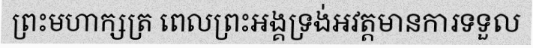
ព្រះមហាក្សត្រ ពេលព្រះអង្គទ្រង់អវត្តមានការទទួល